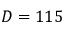
D = 1 1 5